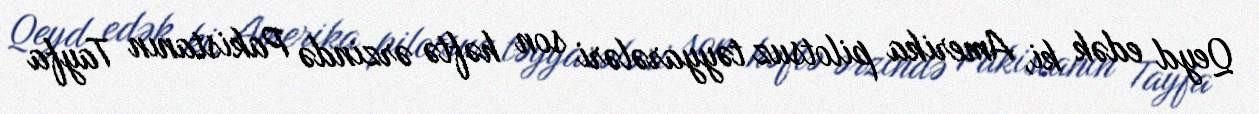
Qeyd edək ki, Amerika pilotsuz təyyarələri son həftə ərzində Pakistanın Tayfa